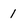
Character: 1